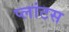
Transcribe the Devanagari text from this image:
प्लांटस